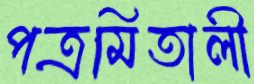
পত্রমিতালী